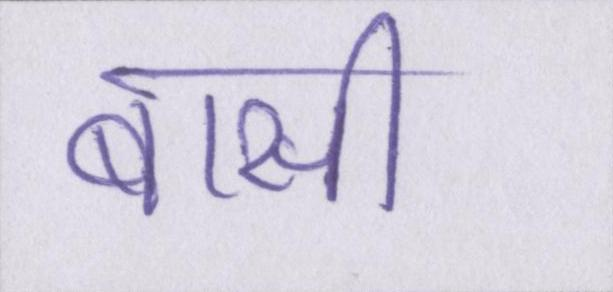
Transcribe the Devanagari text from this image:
बासी